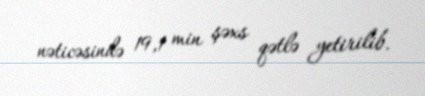
nəticəsində 19,1 min şəxs qətlə yetirilib.